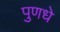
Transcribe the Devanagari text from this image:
पुणधे